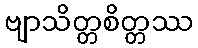
ဗျာသိတ္တစိတ္တဿ